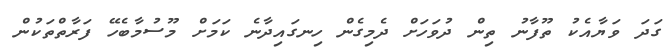
ގަދަ ވަޔާއެކު ތޫފާނު ތިން ދުވަހަށް ދެމިގެން ހިނގައިދާނެ ކަމަށް މޫސުމާބެހޭ ފަރާތްތަކުން